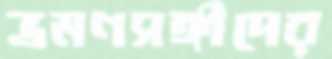
ভ্রমণসঙ্গীদের